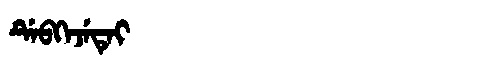
Manchu: ᡩᡝᠪᡴᡝᠵᡝᡨᡝᡳ
Romanization: DEBKEJETEI